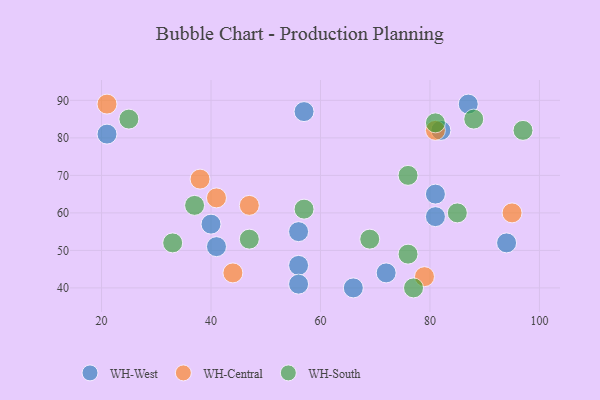
{"axis": {"x": "GDP", "y": "Life Expectancy"}, "legend": ["WH-Central", "WH-South", "WH-West"], "data": [{"x": "81", "y": 65, "type": "WH-West"}, {"x": "21", "y": 81, "type": "WH-West"}, {"x": "41", "y": 51, "type": "WH-West"}, {"x": "94", "y": 52, "type": "WH-West"}, {"x": "56", "y": 46, "type": "WH-West"}, {"x": "56", "y": 41, "type": "WH-West"}, {"x": "82", "y": 82, "type": "WH-West"}, {"x": "57", "y": 87, "type": "WH-West"}, {"x": "56", "y": 55, "type": "WH-West"}, {"x": "81", "y": 59, "type": "WH-West"}, {"x": "40", "y": 57, "type": "WH-West"}, {"x": "66", "y": 40, "type": "WH-West"}, {"x": "87", "y": 89, "type": "WH-West"}, {"x": "72", "y": 44, "type": "WH-West"}, {"x": "44", "y": 44, "type": "WH-Central"}, {"x": "95", "y": 60, "type": "WH-Central"}, {"x": "38", "y": 69, "type": "WH-Central"}, {"x": "79", "y": 43, "type": "WH-Central"}, {"x": "47", "y": 62, "type": "WH-Central"}, {"x": "21", "y": 89, "type": "WH-Central"}, {"x": "41", "y": 64, "type": "WH-Central"}, {"x": "81", "y": 82, "type": "WH-Central"}, {"x": "57", "y": 61, "type": "WH-South"}, {"x": "33", "y": 52, "type": "WH-South"}, {"x": "81", "y": 84, "type": "WH-South"}, {"x": "85", "y": 60, "type": "WH-South"}, {"x": "76", "y": 49, "type": "WH-South"}, {"x": "25", "y": 85, "type": "WH-South"}, {"x": "77", "y": 40, "type": "WH-South"}, {"x": "69", "y": 53, "type": "WH-South"}, {"x": "76", "y": 70, "type": "WH-South"}, {"x": "47", "y": 53, "type": "WH-South"}, {"x": "37", "y": 62, "type": "WH-South"}, {"x": "97", "y": 82, "type": "WH-South"}, {"x": "88", "y": 85, "type": "WH-South"}]}